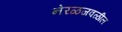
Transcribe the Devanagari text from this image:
नेरळजवळील